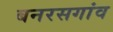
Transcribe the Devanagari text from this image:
बनरसगांव